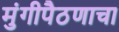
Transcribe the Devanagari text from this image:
मुंगीपैठणाचा